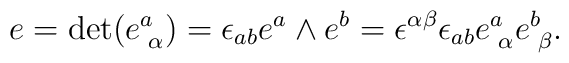
e = {\rm det}(e^{a}_{\,\,\alpha}) = \epsilon_{ab} e^{a}\wedge e^{b} =  \epsilon^{\alpha\beta} \epsilon_{ab} e^{a}_{\,\,\alpha}e^{b}_{\,\,\beta}.